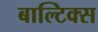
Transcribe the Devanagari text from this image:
बाल्टिक्स